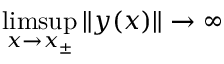
\operatorname* { l i m s u p } _ { x \to x _ { \pm } } \| y ( x ) \| \to \infty